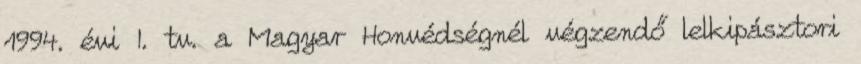
1994. évi I. tv. a Magyar Honvédségnél végzendő lelkipásztori